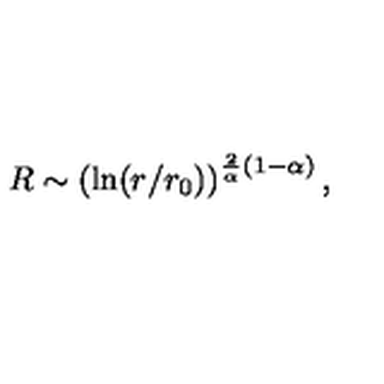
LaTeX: R \sim \left( \ln ( r / r _ { 0 } ) \right) ^ { { \frac { 2 } { \alpha } } ( 1 - \alpha ) } ,